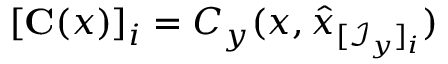
[ \mathbf { C } ( x ) ] _ { i } = C _ { y } ( x , \hat { x } _ { [ \mathcal { I } _ { y } ] _ { i } } )